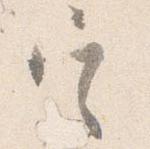
定